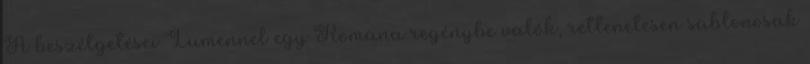
A beszélgetései Lumennel egy Romana regénybe valók, rettenetesen sablonosak